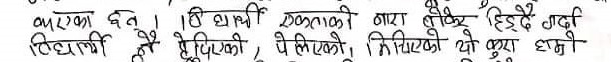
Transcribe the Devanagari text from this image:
बारेमा छ त । श्री एकताका मारा हिड्दै हिड्दै गर्दा
विद्यार्थी भै द्यपिकी पे लिएको। खिचिएको यो कुरा धमो